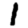
Digit: 1